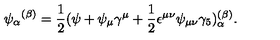
{ \psi _ { \alpha } } ^ { ( \beta ) } = \frac { 1 } { 2 } ( \psi + \psi _ { \mu } \gamma ^ { \mu } + \frac { 1 } { 2 } \epsilon ^ { \mu \nu } \psi _ { \mu \nu } \gamma _ { 5 } ) _ { \alpha } ^ { ( \beta ) } .